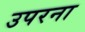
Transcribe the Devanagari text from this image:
उपरना